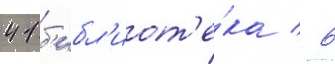
41 б'ибл'иот'е́ка / 6